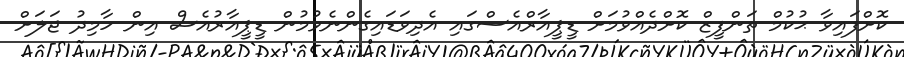
ކޮށްފައިވާ ޙުކުމް ތަންފީޒް ކޮށްދެއްވުމަށް ޑީޕީއާރްއެސްގައި އެދިވަޑައިގެންނެވުމުން ޑީޕީއާރުއެސް އިން ހާމިދު ޖަލަށް